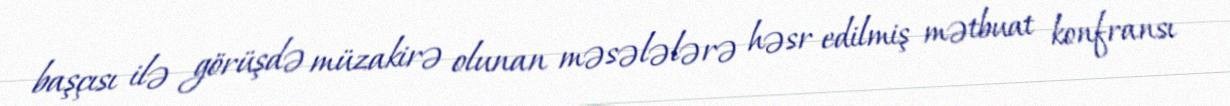
başçısı ilə görüşdə müzakirə olunan məsələlərə həsr edilmiş mətbuat konfransı